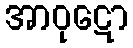
အာဝုဋော